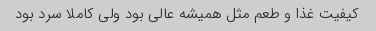
کیفیت غذا و طعم مثل همیشه عالی بود ولی کاملا سرد بود